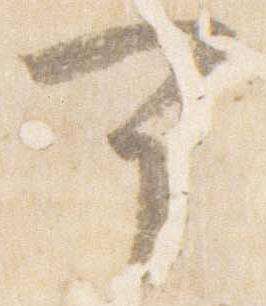
可